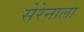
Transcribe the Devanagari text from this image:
सेरेनाला